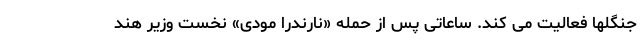
جنگلها فعالیت می کند. ساعاتی پس از حمله «نارندرا مودی» نخست وزیر هند